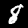
Digit: 8